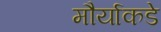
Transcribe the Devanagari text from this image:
मौर्याकडे